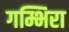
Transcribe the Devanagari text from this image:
गम्भिरा